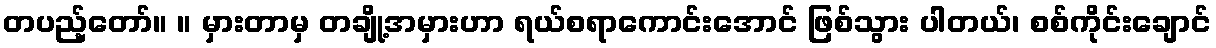
တပည့်တော်။ ။ မှားတာမှ တချို့အမှားဟာ ရယ်စရာကောင်းအောင် ဖြစ်သွား ပါတယ်၊ စစ်ကိုင်းချောင်